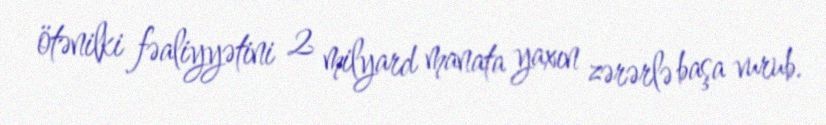
ötənilki fəaliyyətini 2 milyard manata yaxın zərərlə başa vurub.